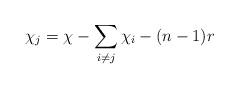
LaTeX: \begin{align*}\chi_j = \chi - \sum\limits_{i \neq j} \chi_i - (n-1)r\end{align*}